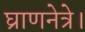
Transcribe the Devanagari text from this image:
घ्राणनेत्रे।